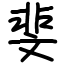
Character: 斐